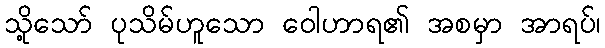
သို့သော် ပုသိမ်ဟူသော ဝေါဟာရ၏ အစမှာ အာရပ်၊